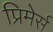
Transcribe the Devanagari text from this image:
प्रिमेर्स